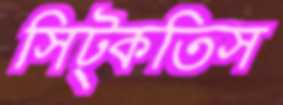
সিট্‌কতিস